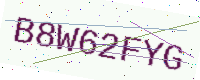
Text: B8W62FYG